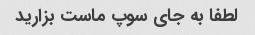
لطفا به جای سوپ ماست بزارید